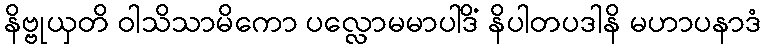
နိဗ္ဗုယှတိ ဝါသိသာမိကော ပလ္လောမမာပါဒိံ နိပါတပဒါနိ မဟာပနာဒံ